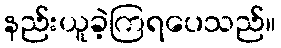
နည်းယူခဲ့ကြရပေသည်။